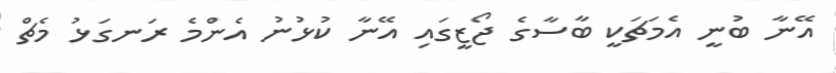
އޭނާ ބުނީ އެމަޗަކީ ބާސާގެ ޖޯޒީގައި އޭނާ ކުޅުނު އެންމެ ރަނގަޅު މެޗް